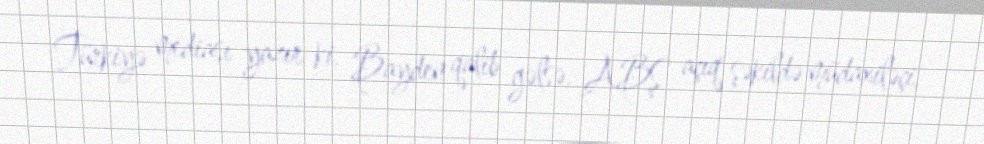
Türkiyə mediası yazır ki, Bayden qalib gəlsə, ABŞ açıq şəkildə müdaxiləçi,